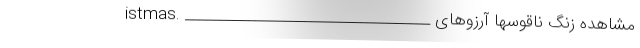
istmas. ___________________________________ مشاهده زنگ ناقوسها آرزوهای